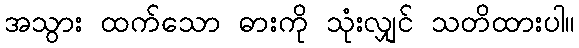
အသွား ထက်သော ဓားကို သုံးလျှင် သတိထားပါ။